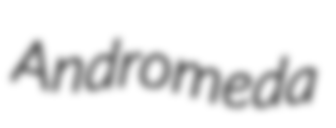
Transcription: Andromeda